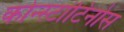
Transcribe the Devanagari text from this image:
कोन्स्टांटिनोस